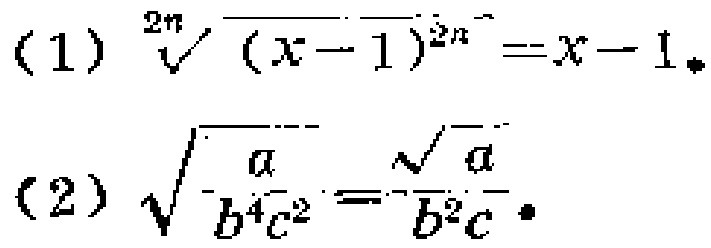
(1) \(\sqrt[2n]{(x - 1)^{2n}}=x - 1\)

(2) \(\sqrt{\frac{a}{b^{4}c^{2}}}=\frac{\sqrt{a}}{b^{2}c}\)